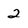
Character: 2